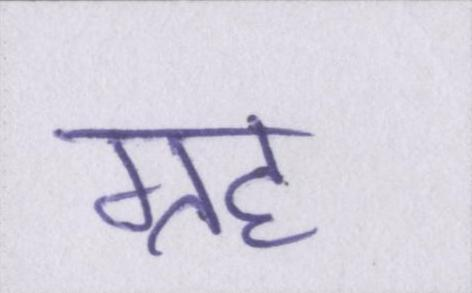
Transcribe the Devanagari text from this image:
ग्रह